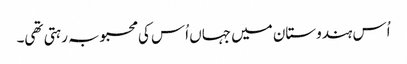
اُس ہندوستان میں جہاں اُس کی محبوبہ رہتی تھی۔